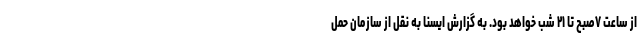
از ساعت ۷صبح تا ۲۱ شب خواهد بود. به گزارش ایسنا به نقل از سازمان حمل